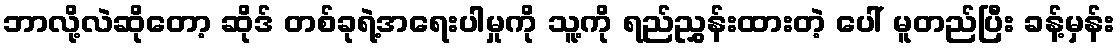
ဘာလို့လဲဆိုတော့ ဆိုဒ် တစ်ခုရဲ့အရေးပါမှုကို သူ့ကို ရည်ညွှန်းထားတဲ့ ပေါ် မူတည်ပြီး ခန့်မှန်း